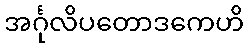
အင်္ဂုလိပတောဒကေဟိ